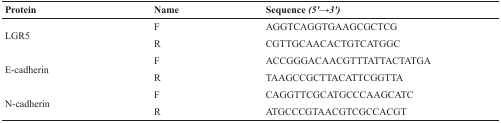
<table><thead><tr><td><b>Protein</b></td><td><b>Name</b></td><td><b>Sequence <i>(5′→3′)</i></b></td></tr></thead><tbody><tr><td rowspan="2">LGR5</td><td>F</td><td>AGGTCAGGTGAAGCGCTCG</td></tr><tr><td>R</td><td>CGTTGCAACACTGTCATGGC</td></tr><tr><td rowspan="2">E-cadherin</td><td>F</td><td>ACCGGGACAACGTTTATTACTATGA</td></tr><tr><td>R</td><td>TAAGCCGCTTACATTCGGTTA</td></tr><tr><td rowspan="2">N-cadherin</td><td>F</td><td>CAGGTTCGCATGCCCAAGCATC</td></tr><tr><td>R</td><td>ATGCCCGTAACGTCGCCACGT</td></tr></tbody></table>